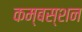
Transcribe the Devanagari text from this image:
कम्बस्शन